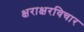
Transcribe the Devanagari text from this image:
क्षराक्षरविचार